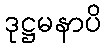
ဒုဋ္ဌမနာပိ